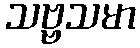
သဗ္ဗသမာ